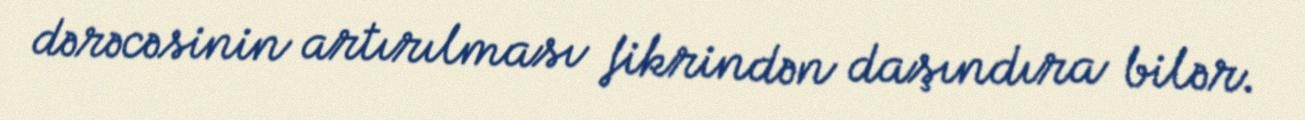
dərəcəsinin artırılması fikrindən daşındıra bilər.